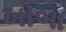
ખોબા